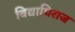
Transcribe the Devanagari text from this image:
विद्याधिराज